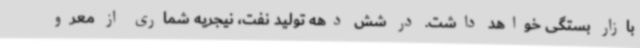
بازار بستگی خواهد داشت. در شش دهه تولید نفت، نیجریه شماری از معرو